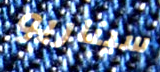
سيناريو